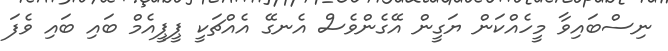
ނިސްބައިވާ މީހެއްކަން ޔަގީން އޭގެންވެސް އެނގޭ އެއްޗަކީ ޕީޕީއެމް ބައި ބައި ވެފަ